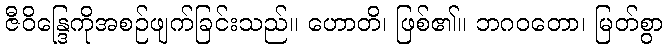
ဇီဝိန္ဒြေကိုအစဉ်ဖျက်ခြင်းသည်။ ဟောတိ၊ ဖြစ်၏။ ဘဂဝတော၊ မြတ်စွာ